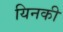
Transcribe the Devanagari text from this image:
यिनकी